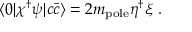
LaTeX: \langle 0 | \chi ^ { \dagger } \psi | c \bar { c } \rangle = 2 m _ { \mathrm { p o l e } } \eta ^ { \dagger } \xi \; .